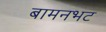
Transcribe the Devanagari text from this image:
बामनभट